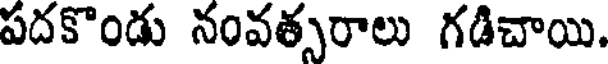
పదకొండు నంవత్సరాలు గడిచాయి.